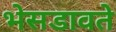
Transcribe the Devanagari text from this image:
भेसडावते